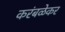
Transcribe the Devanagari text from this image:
करंबळेकर